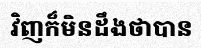
វិញក៏មិនដឹងថាបាន